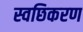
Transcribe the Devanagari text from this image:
स्वछिकरण